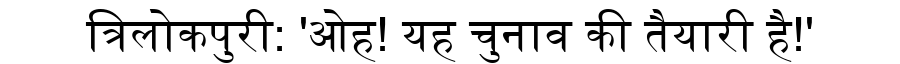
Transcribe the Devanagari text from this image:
त्रिलोकपुरी: 'ओह! यह चुनाव की तैयारी है!'